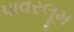
પાવરલૂમ